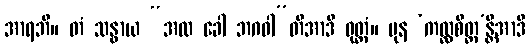
အာရဘိ။ တံ သန္ဓာယ “အထ ခေါ ဘဂဝါ”တိအာဒိ ဝုတ္တံ။ ပုန ‘ကလ္လစိတ္တ’န္တိအာဒိ